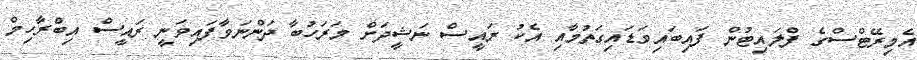
އެމިރޭޓްސްގެ ފްލައިޓުން ފައިބައިވަޑައިގަތުމާއި އެކު ރައީސް ނަޝީދަށް މަރަހުބާ ދަންނަވާފައިވަނީ ރައީސް އިބްރާހިމް